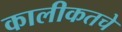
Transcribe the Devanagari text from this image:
कालीकतचे